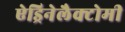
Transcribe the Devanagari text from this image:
ऐड्रिनेलैक्टोमी